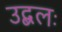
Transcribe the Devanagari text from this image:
उद्बलः